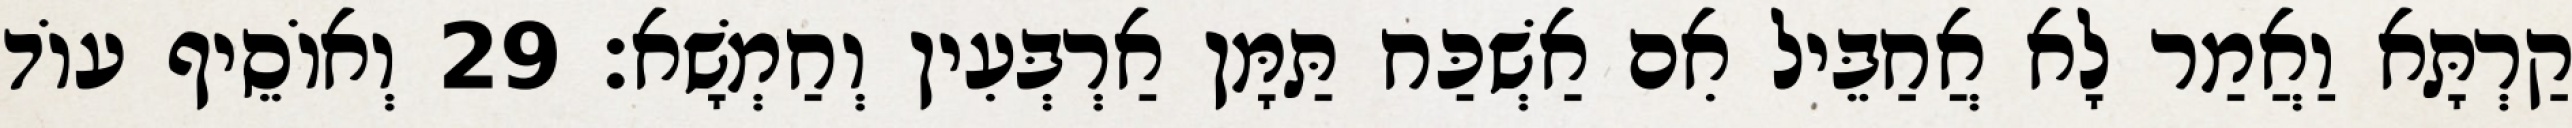
קַרְתָּא וַאֲמַר לָא אֲחַבֵּיל אִם אַשְׁכַּח תַּמָּן אַרְבְּעִין וְחַמְשָׁא׃ 29 וְאוֹסֵיף עוֹד